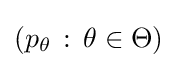
(p_{\theta }\,:\,\theta \in \Theta )